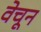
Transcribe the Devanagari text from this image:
वेचून